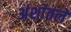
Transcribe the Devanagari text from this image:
अंशांतले